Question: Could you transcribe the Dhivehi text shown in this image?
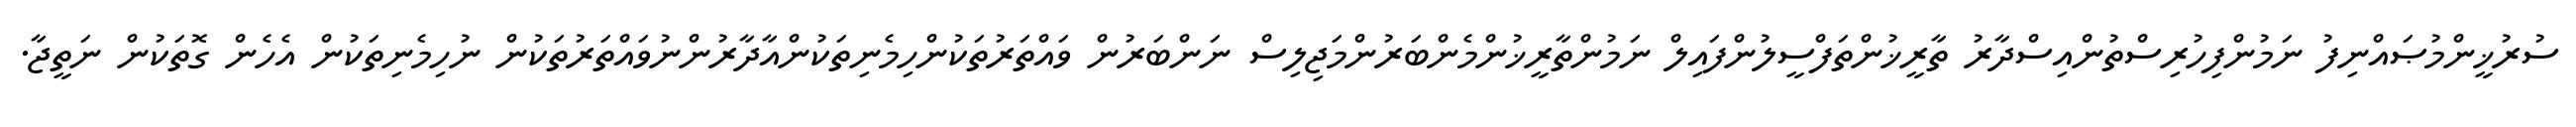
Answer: ސުރުޚީންމުޞައްނިފު ނަމުންފިހުރިސްތުންއިސްދާރު ތާރީޚުންތަފްސީލުންފައިލް ނަމުންތާރީޚުންމެންބަރުންމަޖިލިސް ނަންބަރުން ވައްތަރުތަކުންހިމެނިތަކުންއާދާރުންނުވައްތަރުތަކުން ނުހިމެނިތަކުން އެހެން ގޮތަކުން ނަތީޖާ.